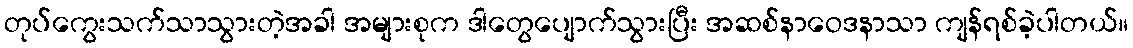
တုပ်ကွေးသက်သာသွားတဲ့အခါ အများစုက ဒါတွေပျောက်သွားပြီး အဆစ်နာဝေဒနာသာ ကျန်ရစ်ခဲ့ပါတယ်။